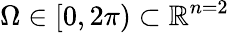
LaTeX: \Omega\in[0,2\pi)\subset\mathbb{R}^{n=2}